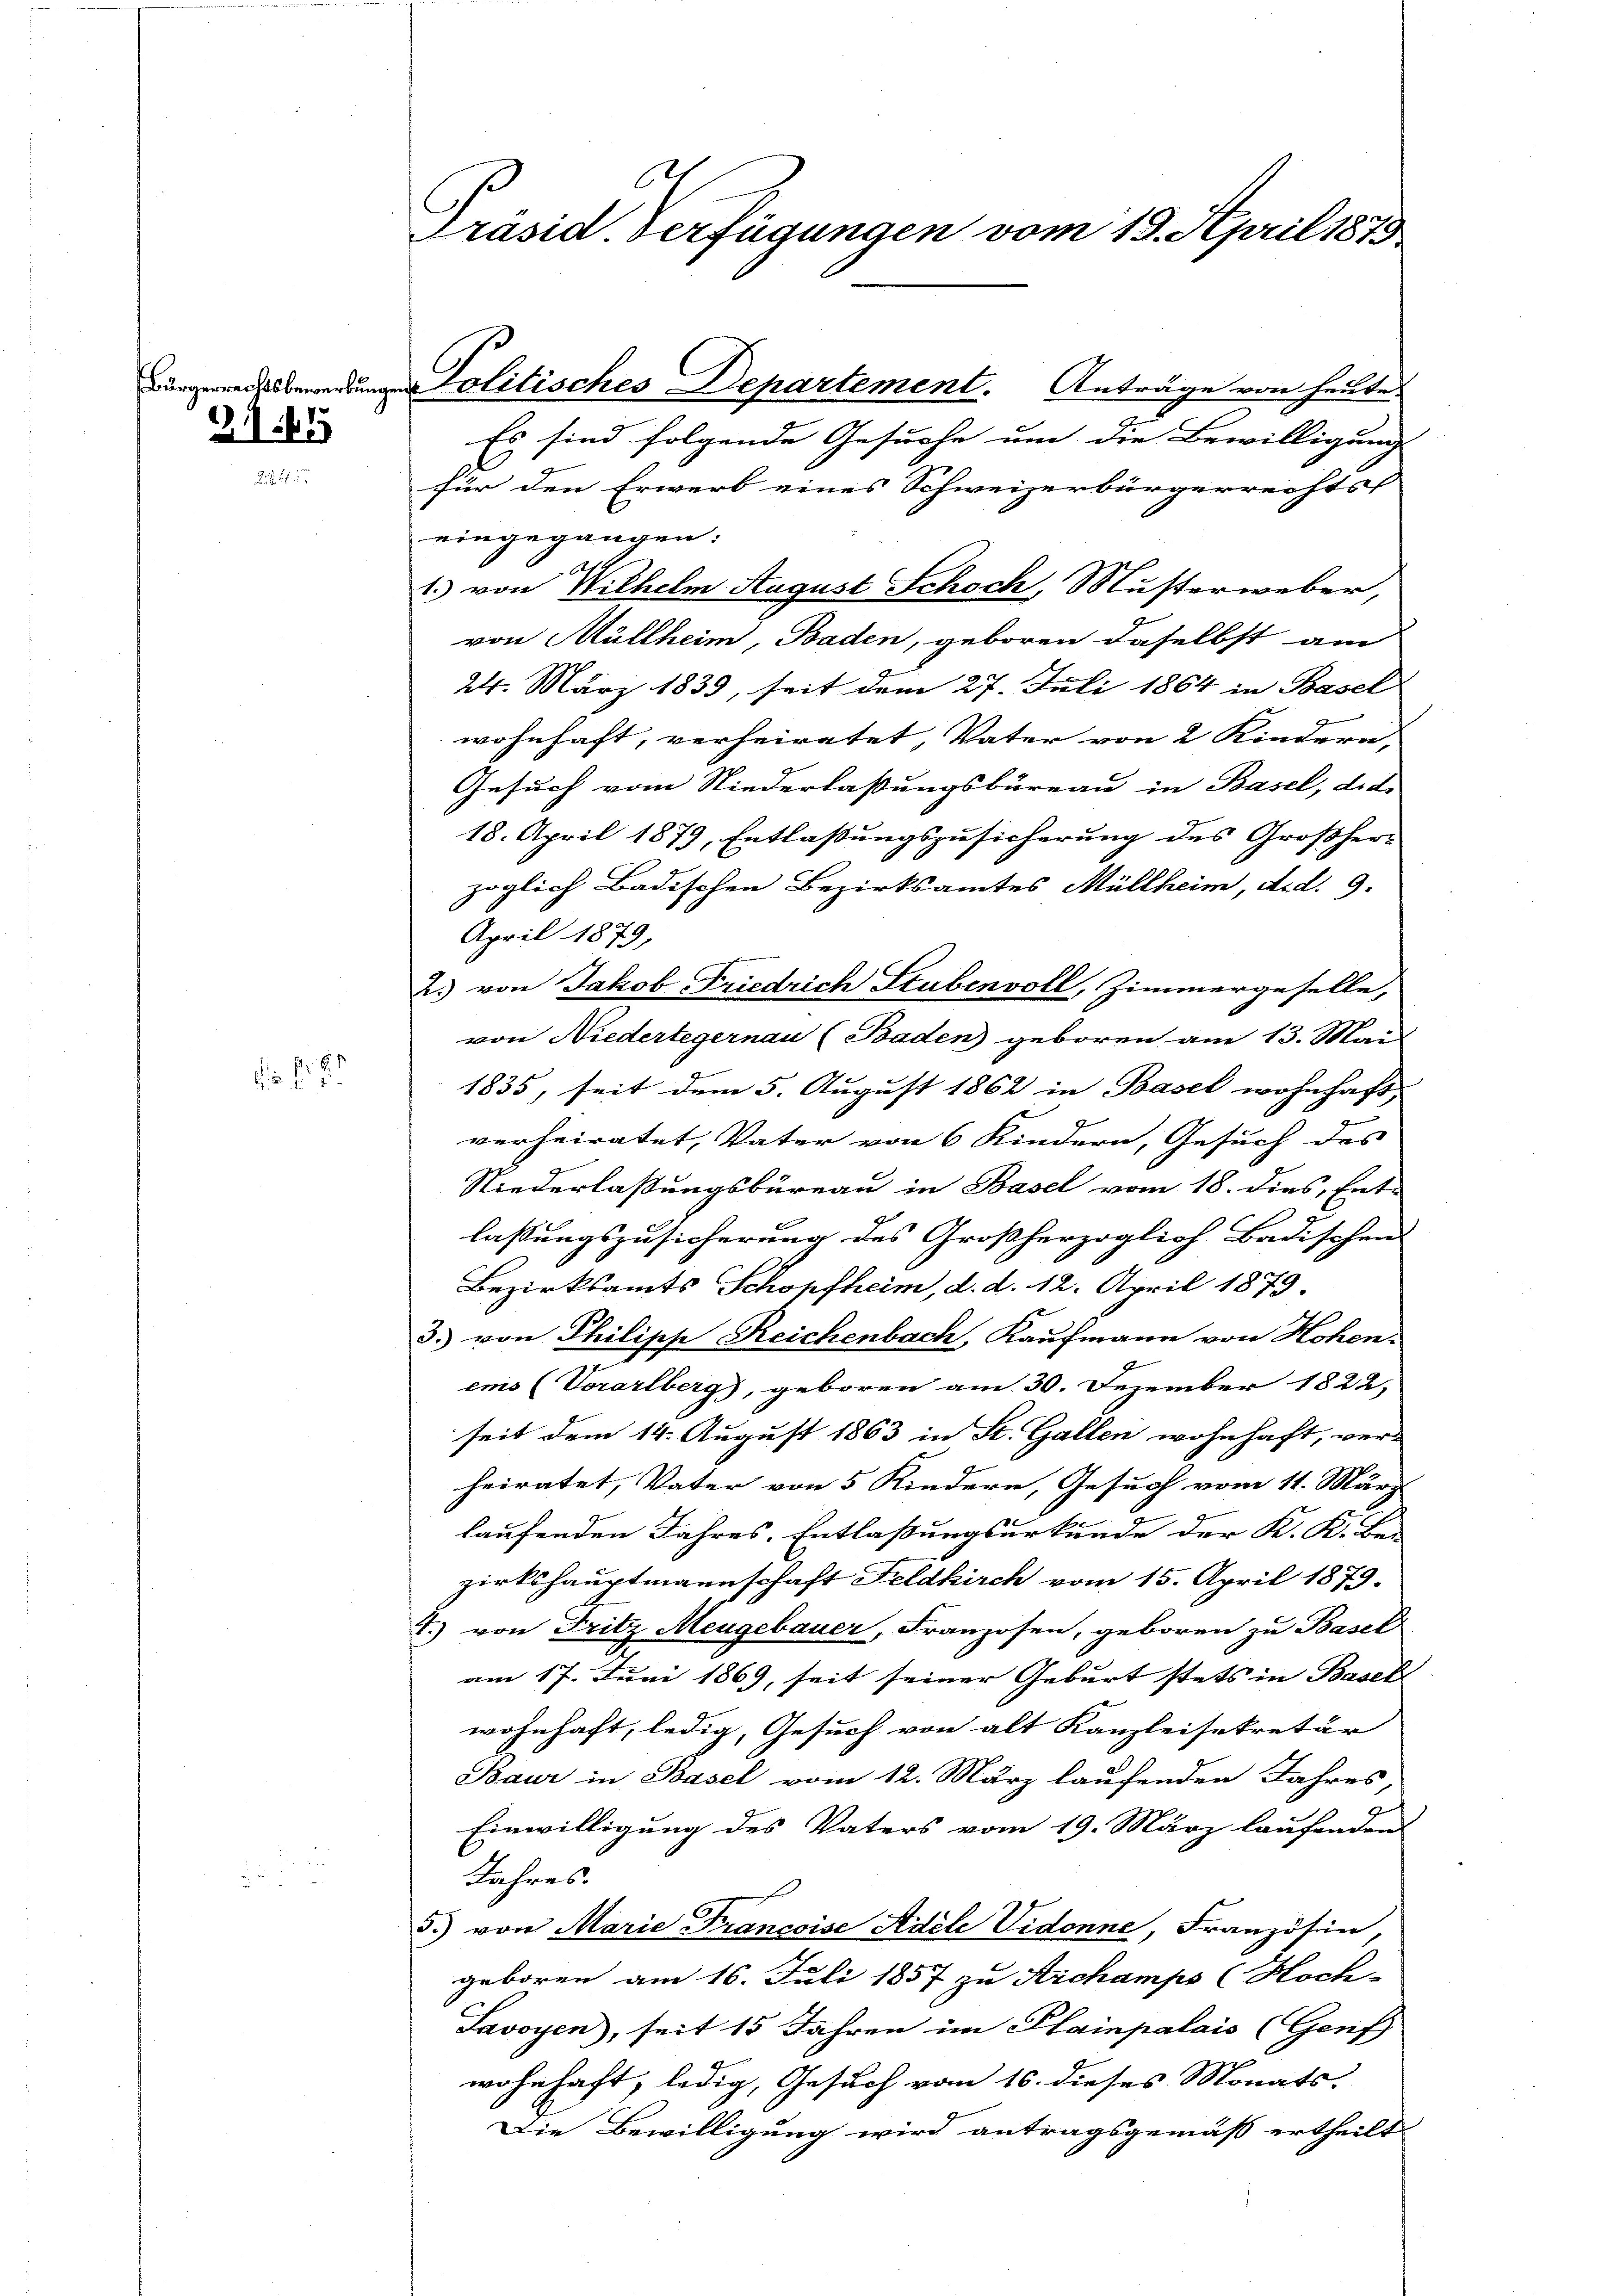
211 f 15

N. 2

C
Präsid. Verfügungen vom 19. April 1873

ore Bewendungen Politisches Departement. Anträge von heute

Es sind folgende Gesuche um die Bewilligung |
für den Erwerb eines Schweizerbürgerrechtsf
eingegangen.
1. von Wilhelm August Schoch, Musterweber,
von Müllheim, Baden, geboren daselbst am
24. März 1839, seit dem 27. Juli 1864 in Basel
wohnhaft, verheiratet, Vater von 2 Kindern,
Gesuch vom Niederlassungsbüreau in Basel, dies
18. April 1879, Entlassungszusicherung des Großher-
zöglich Badischen Bezirksamtes Müllheim, d.d. 9.
April 1879,
2. von Jakob Friedrich Stubenvoll, Zimmergeselle,
von Niedertegernau (Baden) geboren am 13. Mai
1835, seit dem 5. August 1862 in Basel wohnhaft, |
verheiratet, Vater von 6 Kindern, Gesuch des
Niederlaßungsbüreau in Basel vom 18. dies, Ent-
lassungszusicherung des Großherzoglich Badischen
Bezirksamts Schopfheim, d. d. 12. April 1879.
3. von Philipp Reichenbach, Kaufmann von Hohen
ems (Vorarlberg), geboren am 30. Dezember 1822,
seit dem 14. August 1863 in St. Gallen wohnhaft, verheiratet, Vater von 5 Kindern, Gesuch vom 11. März
laufenden Jahres, Entlaßungsurkunde der K. K. Be-
zirkshauptmannschaft Feldkirch vom 15. April 1879.
T.) von Fritz Mengebauer, Franzosen, geboren zu Basel
am 17. Juni 1869, seit seiner Geburt stets in Basell
wohnhaft, ledig, Gesuch von alt Kanzleisekretär
Baur in Basel vom 12. März laufenden Jahres,
Einwilligung des Vaters vom 19. März laufenden
Jahres.
5.) von Marie Francoise Adele Vidonne, Französen,
geboren am 16. Juli 1857 zu Archamps (Hoch-
Savoyen), seit 15 Jahren im Plainpalais (Genf
wohnhaft, ledig, Gesuch vom 16. dieses Monats.
Die Bewilligung wird antragsgemäß ertheilt.